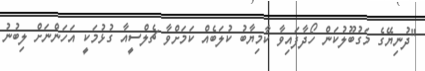
"ދުނިޔޭގެ މަގުބޫލުކަން ހޯދާފައިވާ ކާމިޔާބު ކުލަބެއް ކަމަށްވާ ޗެލްސީއާ ގުޅުމަކީ އަހަންނަށް ލިބުނު